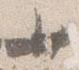
少